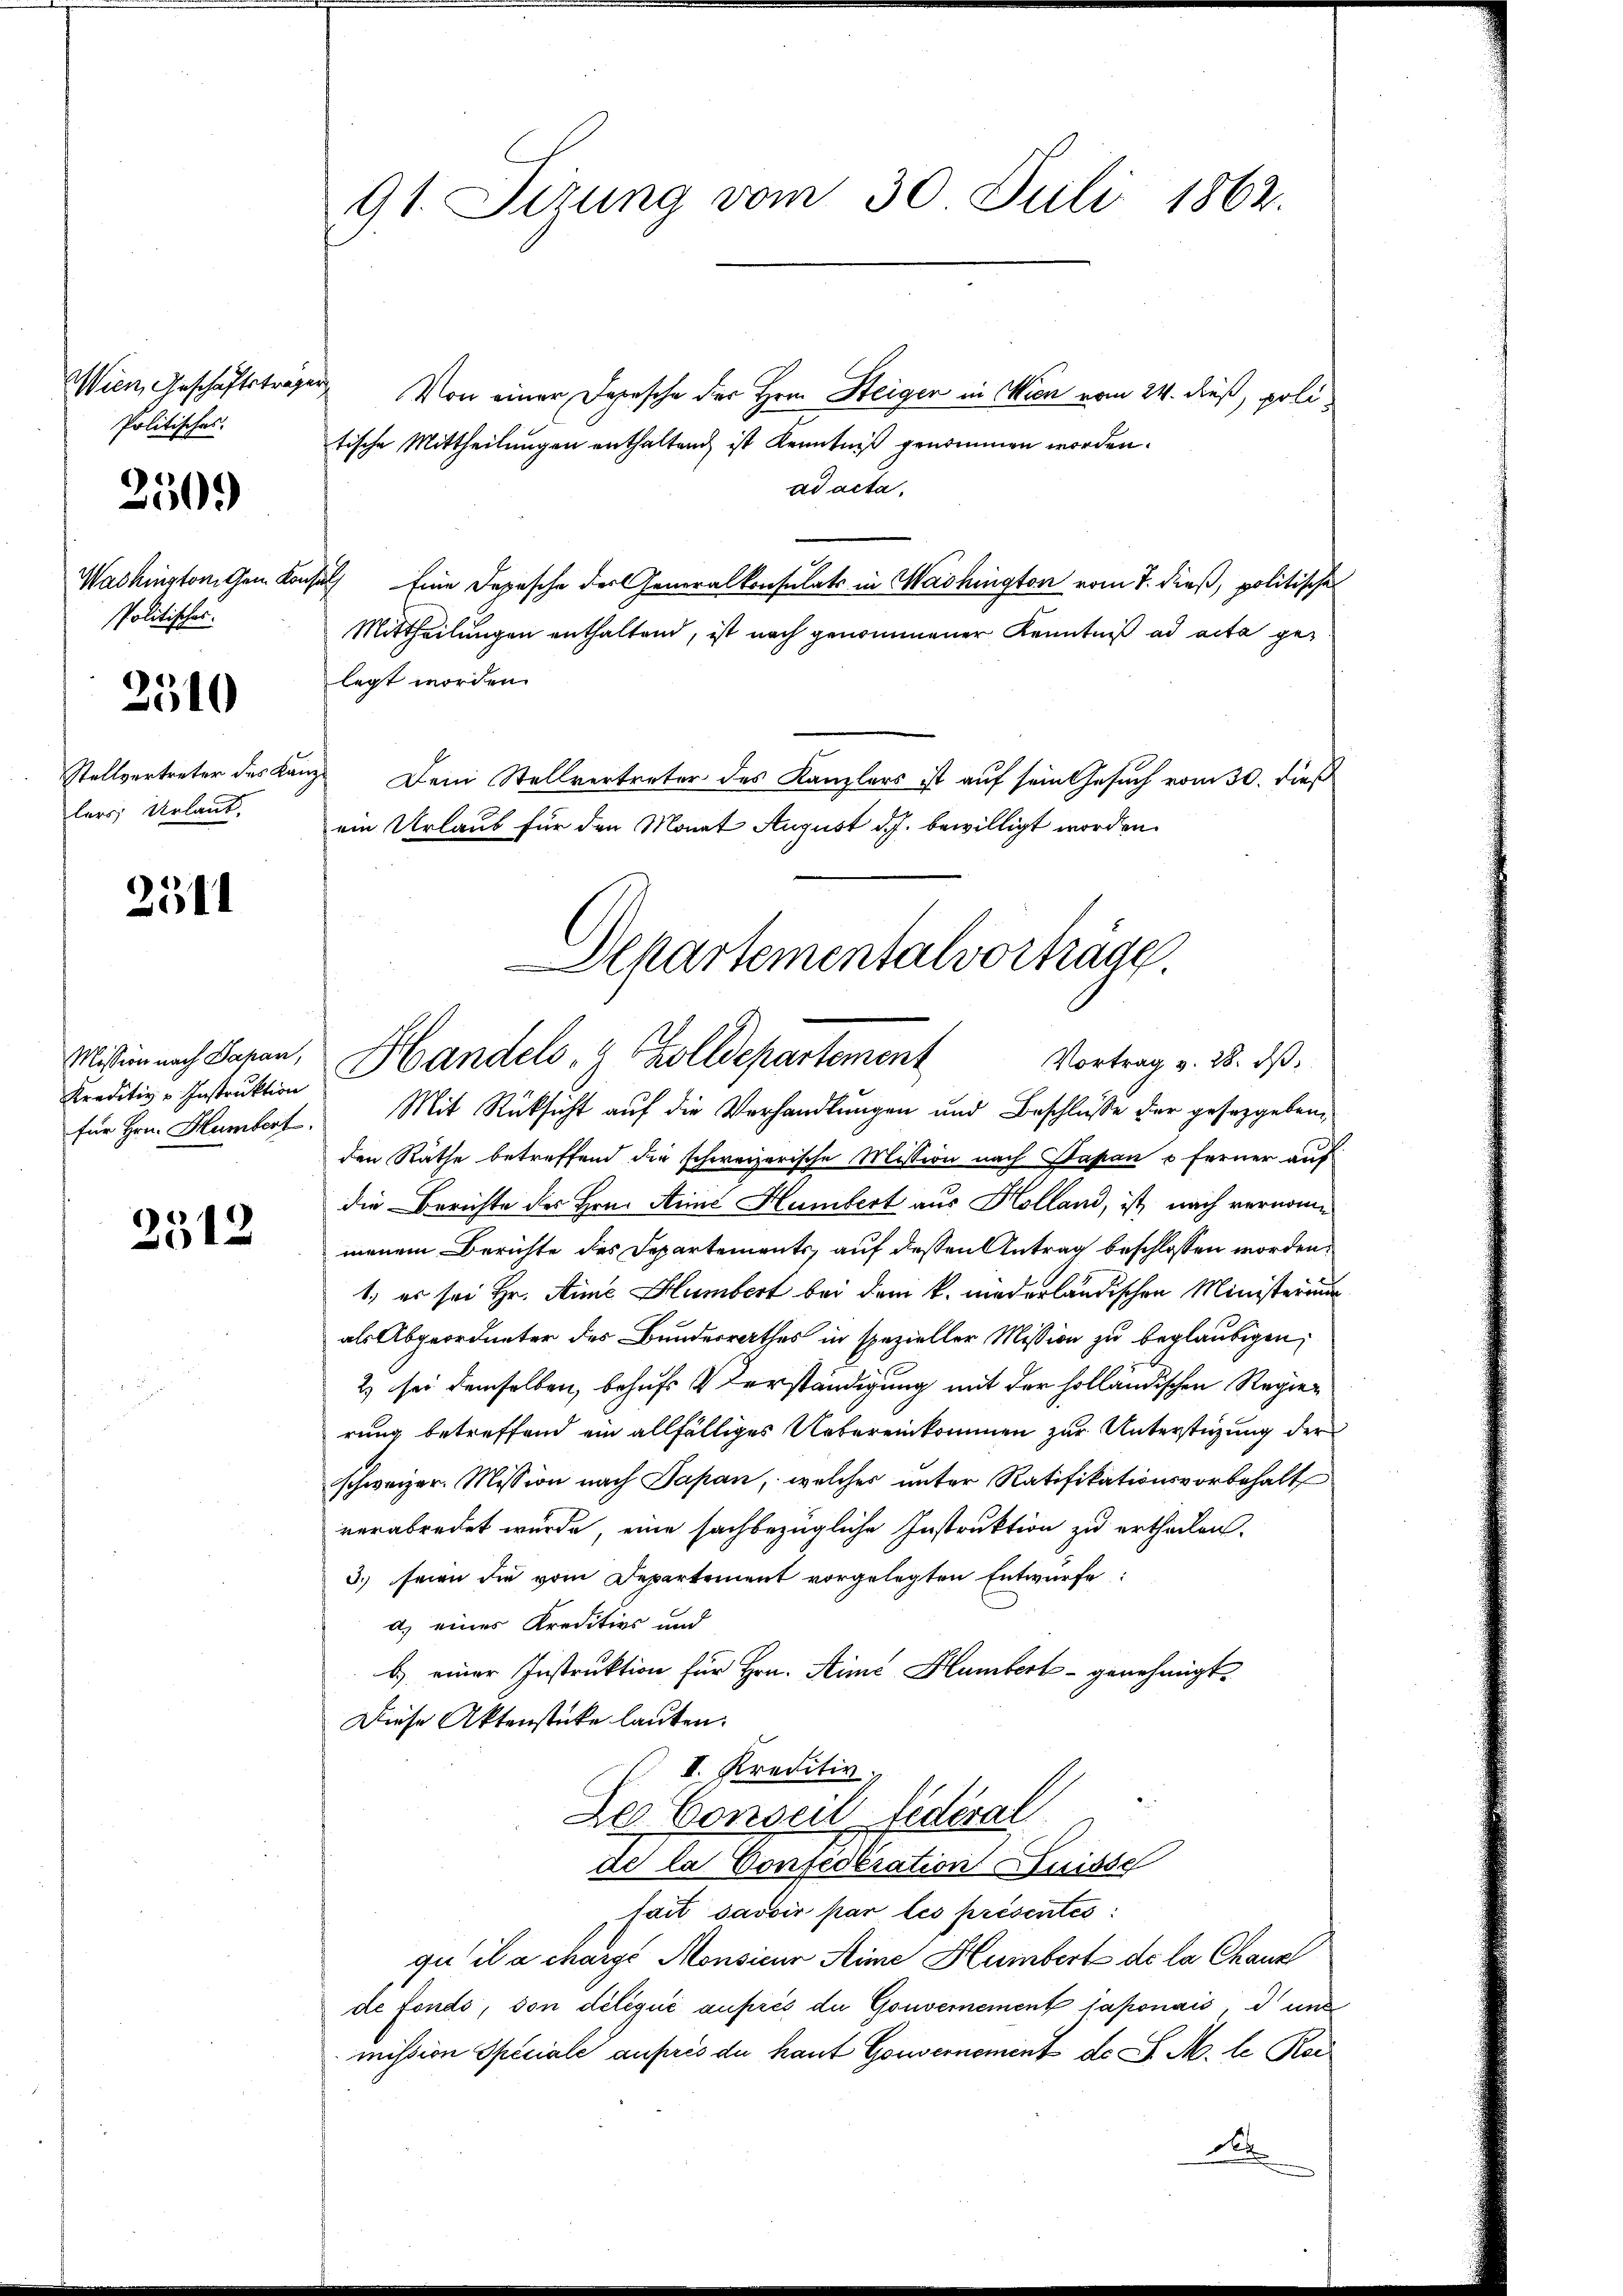
Wien, Geschäftstra¬
Politisches.

2509

Washington Gem. Kor
Politisches.

3510

Stellvertreter des Kalers Urlaub.

2311

Mission nach Papan,

2512

91. Serung vom 30. Juli 1862.

e
Von einer Depesche der Hrn. Steigen in Wien vom 24. dieß, poli
tische Mittheilungen enthaltend ist Kenntniß genommen worden.
ad acta,
h
Eine Depesche der Generalkonsulats in Washington vom 7. dieß, politischen
Mittheilungen enthaltend, ist nach genommener Kenntniß ad acta gelegt worden.
Dein Stellvertreter des Kanzlers ist auf sein Gesuch vom 30. dieß
ein Urlaub für den Monat August d. J. bewilligt worden.
für Hrn. Hambert. Mit Rücksicht auf die Verhandlungen und Beschlüsse der gesetzgeben,
den Räthe betreffend die schweizerische Mission nach Papan u ferner auf
die Berichte des Hrn. Anne Humbert aus Holland, ist nach vernome
menem Berichte des Departements, auf dessen Antrag beschlossen worden.
1. es sei Hr. Anne Humbert bei dem k. niederländischen Ministerium
als Abgeordneter des Bundesrathes in spezieller Mission zu beglaubigen,
2) sei demselben, behufs Verständigung mit der holländischen Regierung betreffend ein allfälliges Uebereinkommen zur Unterstüzung der
schweizer. Mission nach Papan, welcher unter Ratifikationsvorbehalt
verabredet wurde, eine sachbezügliche Instruktion zu ertheilen.
3.) seien die vom Departement vorgelegten Entwurfe:
d. eines Kreditivs und
b.) einer Instruktion für Hrn. Simé Humbert - genehmigt.
Diese Aktenstücke lauten:
 II. Kreditiv
Der Conseil fédérat
de la Confederation Suisse
fait savoir par les présentes:
qu’ il a charge Monsieur Mine Humbert de la Chaux
de fondo, von délégué auprès du Gouvernement saponais, d und
mission Speciale aupris du haut Gouvernement ds J. M. le Kor

Departementalvorträge.
Vortrag v. 28. ds.
Kreditive Instrŭktion Handels- & Zolldepartement